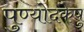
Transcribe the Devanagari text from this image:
पुण्योदकेषु